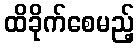
ထိခိုက်စေမည့်